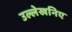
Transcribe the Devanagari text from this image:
उल्लेखनिए